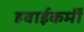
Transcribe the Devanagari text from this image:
हवाईकर्मी